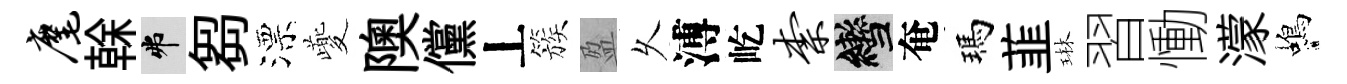
麾𠏉弗芻漂夔隩儻丄簇盈乆溥屹柰轡奄瑪韮琳習慟濛蝎